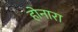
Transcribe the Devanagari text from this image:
होनारा